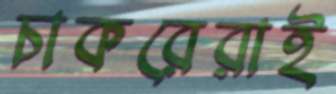
চাকরেরাই